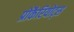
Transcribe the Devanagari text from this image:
प्रोकैरियोट्स